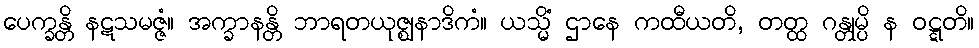
ပေက္ခန္တိ နဋသမဇ္ဇံ။ အက္ခာနန္တိ ဘာရတယုဇ္ဈနာဒိကံ။ ယသ္မိံ ဌာနေ ကထီယတိ, တတ္ထ ဂန္တုမ္ပိ န ဝဋ္ဋတိ။